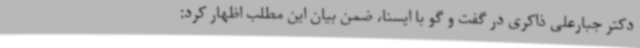
دکتر جبارعلی ذاکری در گفت و گو با ایسنا، ضمن بیان این مطلب اظهار کرد: